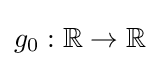
g_{0}:\mathbb {R} \to \mathbb {R}